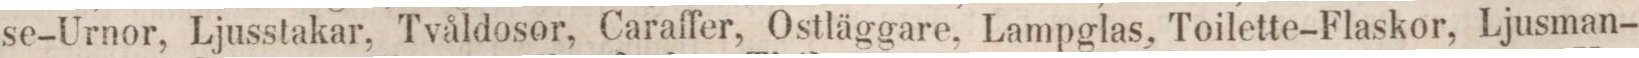
se-Urnor, Ljusstakar, Tvåldosor, Caraffer, Ostläggare, Lampglas, Toilette-Flaskor, Ljusman-